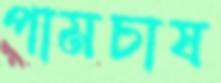
পামচাষ